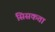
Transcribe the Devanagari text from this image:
सिसकता